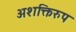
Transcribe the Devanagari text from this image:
अशक्तिरुप